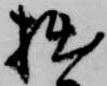
拙